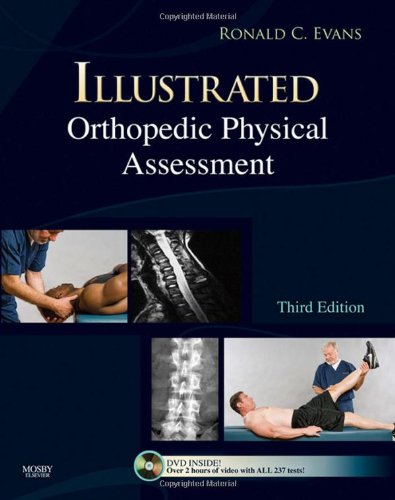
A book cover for Illustrated Orthopedic Physical Assessment, 3e; Ronald C. Evans DC  FACO  FICC; Medical Books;